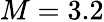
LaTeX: M=3.2